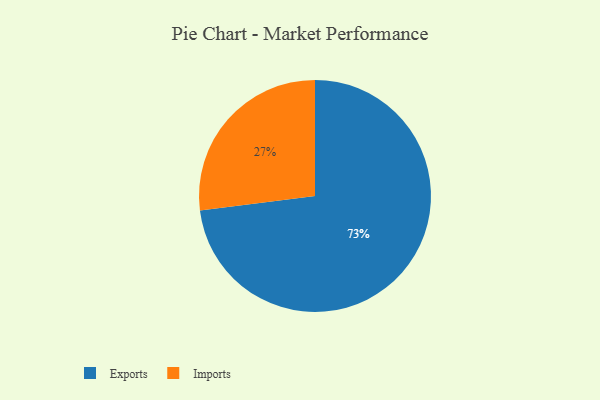
{"axis": {"x": "Category", "y": "Percentage"}, "legend": ["Exports", "Imports"], "data": [{"x": "Imports", "y": 27, "type": "Imports"}, {"x": "Exports", "y": 73, "type": "Exports"}]}